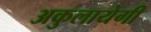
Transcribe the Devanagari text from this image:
अकुलायेगी